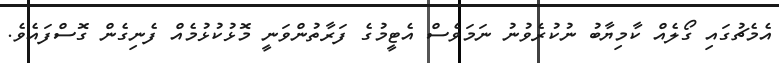
އެމެޗުގައި ގޯލެއް ކާމިޔާބު ނުކުރެވުނު ނަމަވެސް އެޓީމުގެ ފަރާތުންވަނީ މޮޅުކުޅުމެއް ފެނިގެން ގޮސްފައެވެ.